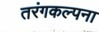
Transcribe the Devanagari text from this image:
तरंगकल्पना